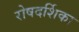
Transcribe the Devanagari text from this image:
रोषदर्शिका